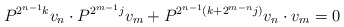
\begin{align*}P^{2^{n-1}k}v_n\cdot P^{2^{m-1}j}v_m + P^{2^{n-1}(k+2^{m-n}j)}v_n\cdot v_m =0\end{align*}